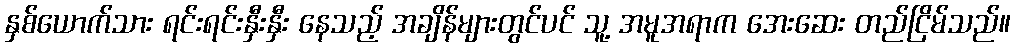
နှစ်ယောက်သား ရင်းရင်းနှီးနှီး နေသည့် အချိန်များတွင်ပင် သူ့ အမူအရာက အေးဆေး တည်ငြိမ်သည်။